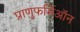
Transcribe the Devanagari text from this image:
प्राणुफर्मिऑन